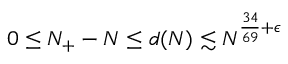
0 \leq N _ { + } - N \leq d ( N ) \lesssim N ^ { \frac { 3 4 } { 6 9 } + \epsilon }